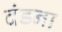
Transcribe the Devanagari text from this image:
दंडना